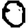
Digit: 0